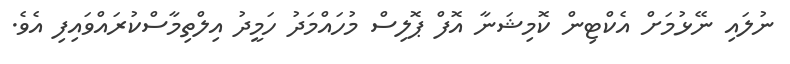
ނުލައި ނޭޅުމަށް އެކްޓިން ކޮމިޝަނާ އޮފް ޕޮލިސް މުހައްމަދު ހަމީދު އިލްތިމާސްކުރައްވައިފި އެވެ.